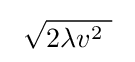
\ {\sqrt {2\lambda v^{2}~}}~